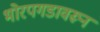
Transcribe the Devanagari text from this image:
भोरपगडावरून